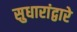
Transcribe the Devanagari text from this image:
सुधारांद्वारे